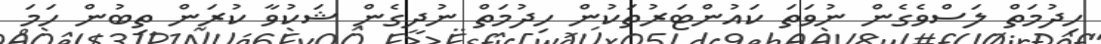
ހިދުމަތް ލަސްވެގެން ނުވަތަ ކައުންޓަރުތަކުން ހިދުމަތް ނުދީގެން ޝަކުވާ ކުރަން ތިބުން ހަމަ